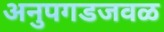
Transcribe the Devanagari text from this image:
अनुपगडजवळ